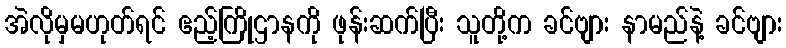
အဲလိုမှမဟုတ်ရင် ဧည့်ကြိုဌာနကို ဖုန်းဆက်ပြီး သူတို့က ခင်ဗျား နာမည်နဲ့ ခင်ဗျား